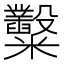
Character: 糳